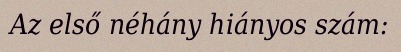
Az első néhány hiányos szám: